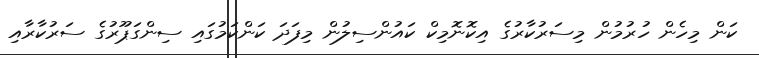
ކަން މިހެން ހުރުމުން މިސަރުކާރުގެ އިކޮނޮމިކް ކައުންސިލުން މިފަދަ ކަންކަމުގައި ސިންގަޕޫރުގެ ސަރުކާރާއި